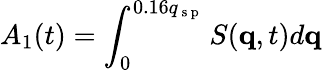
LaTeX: A_{1}(t)=\int_{0}^{0.16q_{\mathrm{~s~p~}}}{S(\mathbf{q},t)d\mathbf{q}}